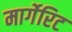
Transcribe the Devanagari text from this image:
मार्गेरिट